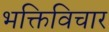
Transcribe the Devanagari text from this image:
भक्तिविचार